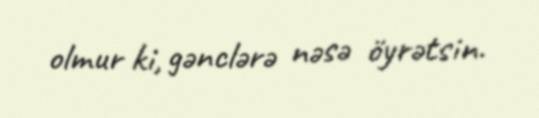
olmur ki, gənclərə nəsə öyrətsin.